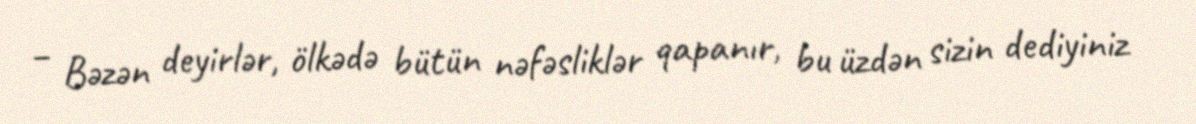
– Bəzən deyirlər, ölkədə bütün nəfəsliklər qapanır, bu üzdən sizin dediyiniz